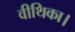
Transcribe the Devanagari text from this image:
वीथिका।